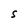
Character: S